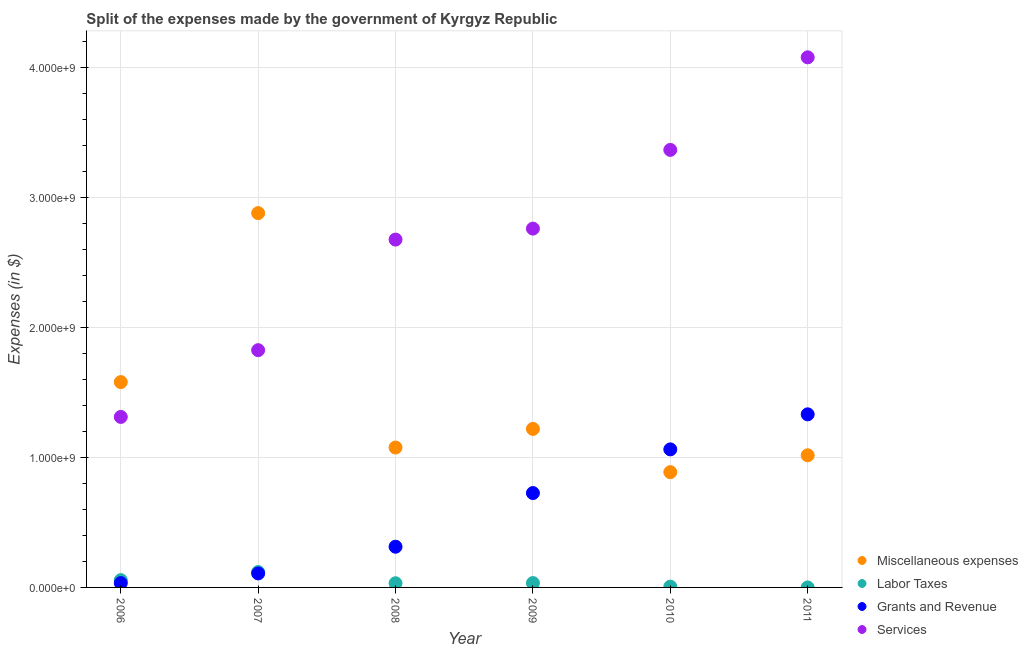
| Year | Miscellaneous expenses | Labor Taxes | Grants and Revenue | Services |
 | --- | --- | --- | --- | --- |
 | 2006 | 1.58e+09 | 5.62e+07 | 3.35e+07 | 1.31e+09 |
 | 2007 | 2.88e+09 | 1.18e+08 | 1.08e+08 | 1.83e+09 |
 | 2008 | 1.08e+09 | 3.22e+07 | 3.13e+08 | 2.68e+09 |
 | 2009 | 1.22e+09 | 3.35e+07 | 7.27e+08 | 2.76e+09 |
 | 2010 | 8.87e+08 | 6e+06 | 1.06e+09 | 3.37e+09 |
 | 2011 | 1.02e+09 | -3e+05 | 1.33e+09 | 4.08e+09 |